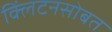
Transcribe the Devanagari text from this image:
क्लिंटनसोबत